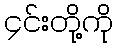
၄င်းတို့ကို